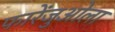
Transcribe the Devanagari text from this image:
फारेंजुओला